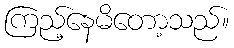
ကြည့်နေမိတော့သည်။